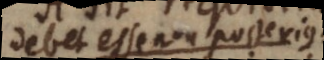
debet esse non posterius